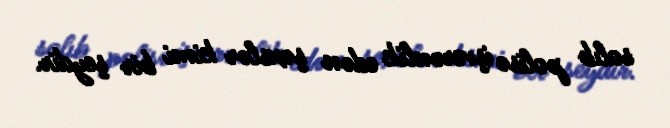
salıb polisə işverənlik edən şəxslər kimi bir şeydir.